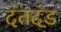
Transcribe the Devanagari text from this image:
दंतदंड